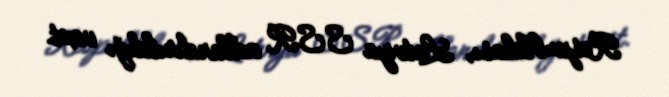
Respublikası, Latviya SSR adlandırıldığı vaxt.